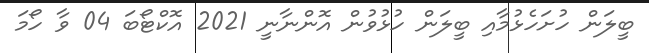
ބީލަން ހުށަހެޅުމާއި ބީލަން ހުޅުވުން އޮންނާނީ 2021 އޮކްޓޯބަ 04 ވާ ހޯމަ